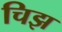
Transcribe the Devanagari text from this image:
चिझ